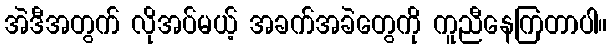
အဲဒီအတွက် လိုအပ်မယ့် အခက်အခဲတွေကို ကူညီနေကြတာပါ။